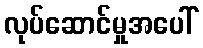
လုပ်ဆောင်မှုအပေါ်